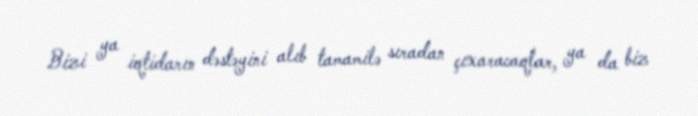
Bizi ya iqtidarın dəstəyini alıb tamamilə sıradan çıxaracaqlar, ya da biz